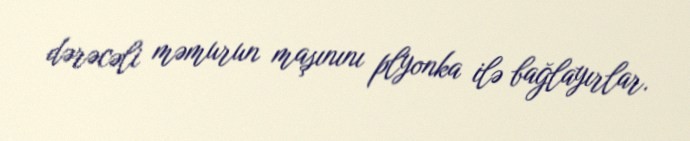
dərəcəli məmurun maşınını plyonka ilə bağlayırlar.